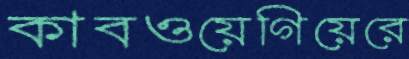
কাবওয়েগিয়েরে